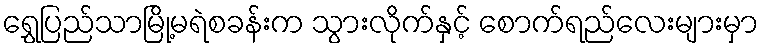
ရွှေပြည်သာမြို့မရဲစခန်းက သွားလိုက်နှင့် စောက်ရည်လေးများမှာ